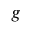
\boldsymbol { g }